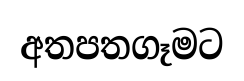
අතපතගෑමට